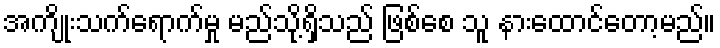
အကျိုးသက်ရောက်မှု မည်သို့ရှိသည် ဖြစ်စေ သူ နားထောင်တော့မည်။